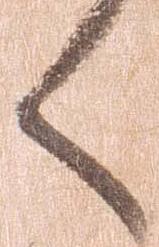
く